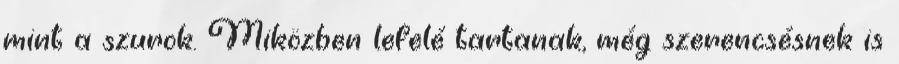
mint a szurok. Miközben lefelé tartanak, még szerencsésnek is